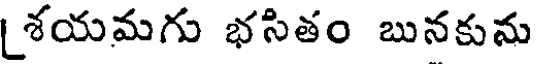
[శయమగు భసితం బునకును